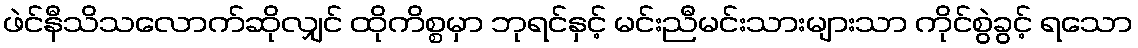
ဖဲင်နီသိသလောက်ဆိုလျှင် ထိုကိစ္စမှာ ဘုရင်နှင့် မင်းညီမင်းသားများသာ ကိုင်စွဲခွင့် ရသော